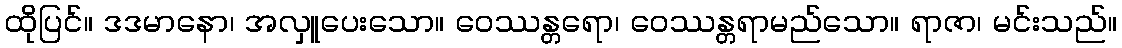
ထိုပြင်။ ဒဒမာနော၊ အလှူပေးသော။ ဝေဿန္တရော၊ ဝေဿန္တရာမည်သော။ ရာဇာ၊ မင်းသည်။